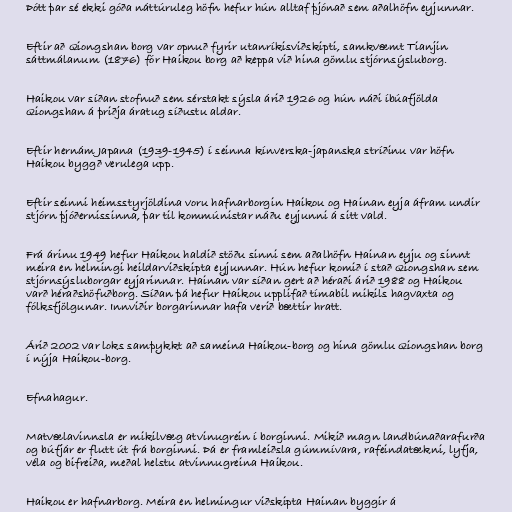
Þótt þar sé ekki góða náttúruleg höfn hefur hún alltaf þjónað sem aðalhöfn eyjunnar.

Eftir að Qiongshan borg var opnuð fyrir utanríkisviðskipti, samkvæmt Tianjin
sáttmálanum (1876) fór Haikou borg að keppa við hina gömlu stjórnsýsluborg.

Haikou var síðan stofnuð sem sérstakt sýsla árið 1926 og hún náði íbúafjölda
Qiongshan á þriðja áratug síðustu aldar.

Eftir hernám Japana (1939-1945) í seinna kínverska-japanska stríðinu var höfn
Haikou byggð verulega upp.

Eftir seinni heimsstyrjöldina voru hafnarborgin Haikou og Hainan eyja áfram undir
stjórn þjóðernissinna, þar til kommúnistar náðu eyjunni á sitt vald.

Frá árinu 1949 hefur Haikou haldið stöðu sinni sem aðalhöfn Hainan eyju og sinnt
meira en helmingi heildarviðskipta eyjunnar. Hún hefur komið í stað Qiongshan sem
stjórnsýsluborgar eyjarinnar. Hainan var síðan gert að héraði árið 1988 og Haikou
varð héraðshöfuðborg. Síðan þá hefur Haikou upplifað tímabil mikils hagvaxta og
fólksfjölgunar. Innviðir borgarinnar hafa verið bættir hratt.

Árið 2002 var loks samþykkt að sameina Haikou-borg og hina gömlu Qiongshan borg
í nýja Haikou-borg.

Efnahagur.

Matvælavinnsla er mikilvæg atvinugrein í borginni. Mikið magn landbúnaðarafurða
og búfjár er flutt út frá borginni. Þá er framleiðsla gúmmívara, rafeindatækni, lyfja,
véla og bifreiða, meðal helstu atvinnugreina Haikou.

Haikou er hafnarborg. Meira en helmingur viðskipta Hainan byggir á